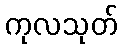
ကုလသုတ်